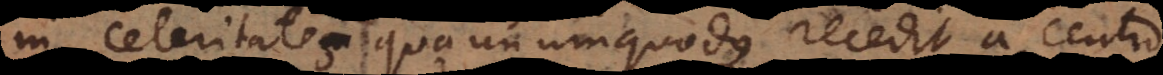
in celeritates [quibus] unumquodque recedit a centro